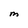
Character: M